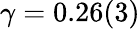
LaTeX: \gamma=0.26(3)